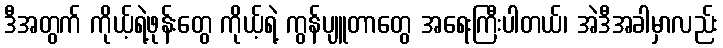
ဒီအတွက် ကိုယ့်ရဲ့ဖုန်းတွေ ကိုယ့်ရဲ့ ကွန်ပျူတာတွေ အရေးကြီးပါတယ်၊ အဲဒီအခါမှာလည်း